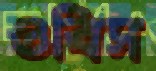
ওবিস